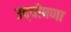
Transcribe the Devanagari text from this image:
उद्‌घोषणा